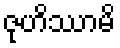
ဇုဟိဿာမိ